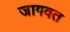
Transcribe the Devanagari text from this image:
जागवत